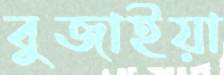
বুজাইয়া